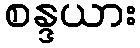
စန္ဒယား